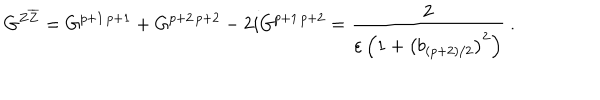
G ^ { Z \overline { { { Z } } } } = G ^ { p + 1 \, p + 1 } + G ^ { p + 2 \, p + 2 } - 2 i G ^ { p + 1 \, p + 2 } = \frac { 2 } { \varepsilon \left( 1 + \left( b _ { ( p + 2 ) / 2 } \right) ^ { 2 } \right) } ~ .